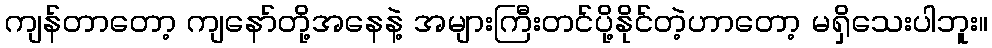
ကျန်တာတော့ ကျနော်တို့အနေနဲ့ အများကြီးတင်ပို့နိုင်တဲ့ဟာတော့ မရှိသေးပါဘူး။